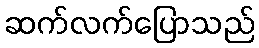
ဆက်လက်ပြောသည်